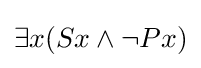
\exists x(Sx\land \neg Px)